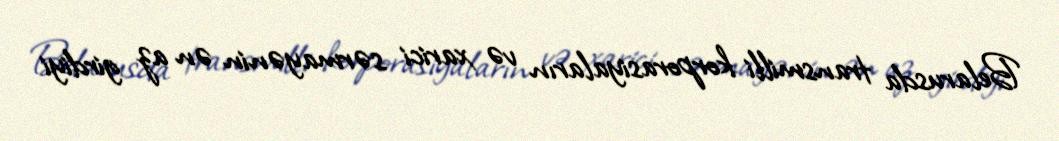
Belarusda transmilli korporasiyaların və xarici sərmayənin ən az girdiyi